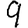
Digit: 9